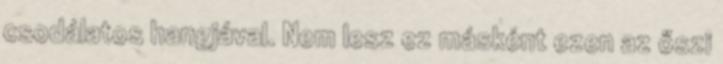
csodálatos hangjával. Nem lesz ez másként ezen az őszi